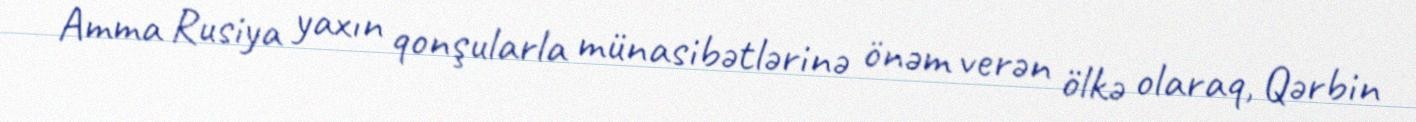
Amma Rusiya yaxın qonşularla münasibətlərinə önəm verən ölkə olaraq, Qərbin